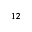
^ { 1 2 }